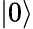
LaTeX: \left|0\right>